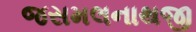
જસમલનાથજી